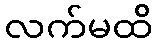
လက်မထိ